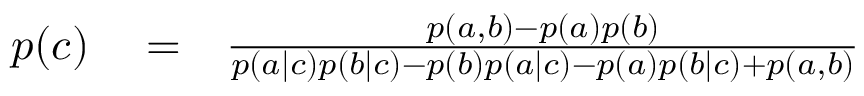
\begin{array} { r l r } { p ( c ) } & { { } = } & { \frac { p ( a , b ) - p ( a ) p ( b ) } { p ( a | c ) p ( b | c ) - p ( b ) p ( a | c ) - p ( a ) p ( b | c ) + p ( a , b ) } } \end{array}